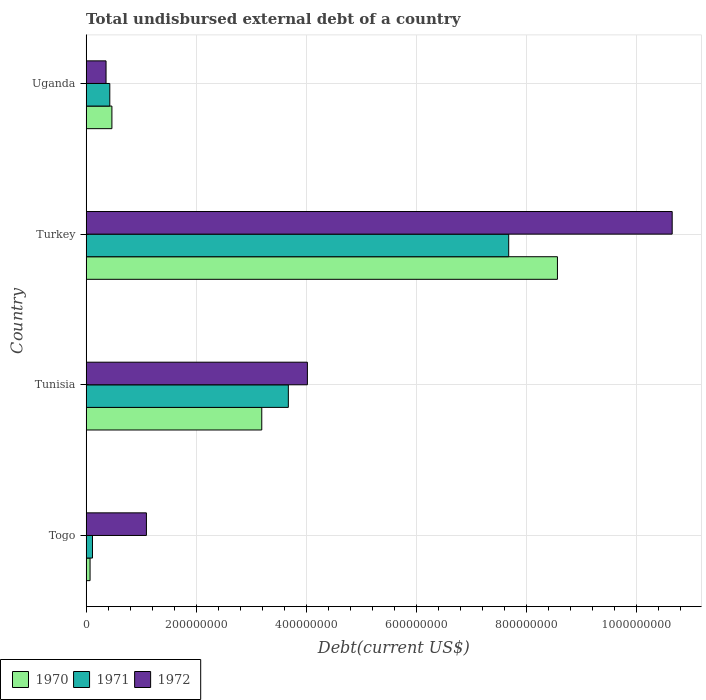
| Country | 1970 | 1971 | 1972 |
 | --- | --- | --- | --- |
 | Togo | 7.03e+06 | 1.15e+07 | 1.1e+08 |
 | Tunisia | 3.19e+08 | 3.68e+08 | 4.02e+08 |
 | Turkey | 8.57e+08 | 7.68e+08 | 1.07e+09 |
 | Uganda | 4.68e+07 | 4.29e+07 | 3.61e+07 |